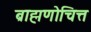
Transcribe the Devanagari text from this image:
ब्राह्मणोचित्त